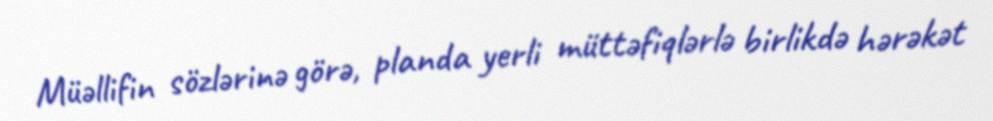
Müəllifin sözlərinə görə, planda yerli müttəfiqlərlə birlikdə hərəkət